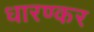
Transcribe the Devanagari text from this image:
धारण्कर